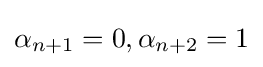
\alpha _{n+1}=0,\alpha _{n+2}=1